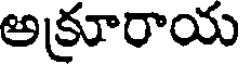
అక్రూరాయ